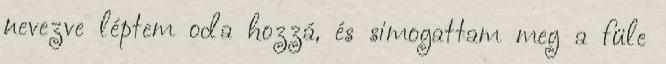
nevezve léptem oda hozzá, és simogattam meg a füle